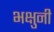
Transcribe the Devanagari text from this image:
भक्षुनी